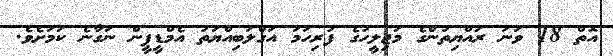
އޮތް 18 ވަނަ ރައްޔިތުންގެ މަޖިލީހުގެ ފުރިހަމަ އަގްލަބިއްޔަތު އެމްޑީޕީން ނަގާނެ ކަމަށެވެ.